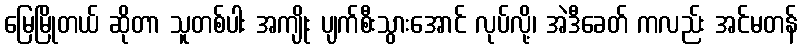
မြေမြိုတယ် ဆိုတာ သူတစ်ပါး အကျိုး ပျက်စီးသွားအောင် လုပ်လို့၊ အဲဒီခေတ် ကလည်း အင်မတန်